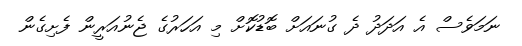
ނަމަވެސް އެ އަދަދު ދެ ގުނައަށް ބޮޑުކޮށް މި އަހަރުގެ ޖެނުއަރީން ފެށިގެން